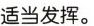
适当发挥.